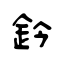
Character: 鈐